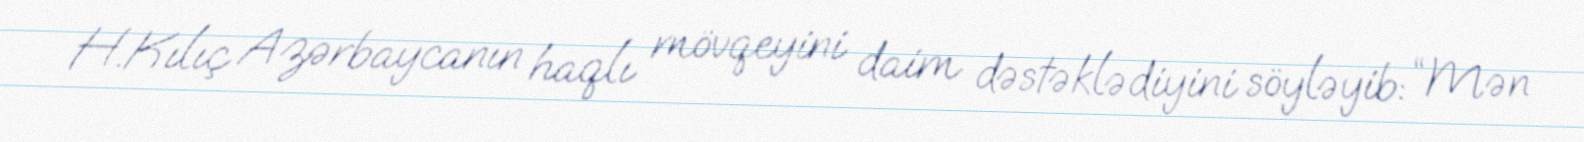
H.Kılıç Azərbaycanın haqlı mövqeyini daim dəstəklədiyini söyləyib: “Mən